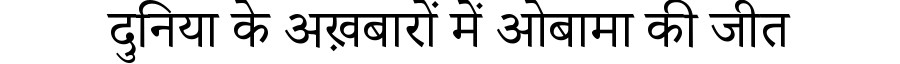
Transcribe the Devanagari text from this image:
दुनिया के अख़बारों में ओबामा की जीत